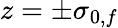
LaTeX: z=\pm\sigma_{0,f}